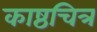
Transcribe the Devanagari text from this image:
काष्ठचित्र